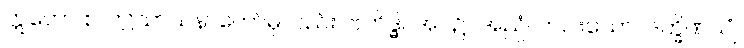
ဣတော စ၊ ဤသာသနာတော်မှလည်း။ ဗဟိဒ္ဓါ၊ အပ၌။ အညံ၊ တပါးသော။ ဒက္ခိဏယျံ၊